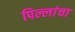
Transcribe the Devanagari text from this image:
पिल्लांचा